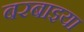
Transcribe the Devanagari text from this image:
बरबाइया